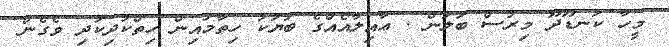
މީހާ ކަނޑޫދޫ މިރުސް ބަލަން . ޢާއިލާއެއްގެ ބަޔަކު ހިތާމައިން ހިތްކުދިކުދި ވެގެން